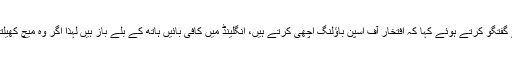
پاکستانی ٹیم کے کوچ مکی آرتھر نے صحافیوں سے گفتگو کرتے ہوئے کہا کہ افتخار آف اسپن باؤلنگ اچھی کرتے ہیں، انگلینڈ میں کافی بائیں ہاتھ کے بلے باز ہیں لہٰذا اگر وہ میچ کھیلتے ہیں تو ہمیں ایک اضافی باؤلر کا آپشن میسر ہو گا۔